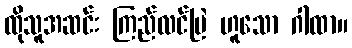
ထိုသူအဆင်း ကြည်လင်မြဲ ဟူသော ဂါထာ။